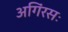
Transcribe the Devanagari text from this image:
अगिंरसः